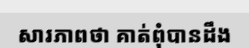
សារភាពថា គាត់ពុំបានដឹង